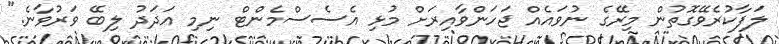
ލަފާކުރެވޭގޮތުން މިރޭގެ ނުވައެއް ޖަހަންވާއިރަށް މުޅި އެސެސްމެންޓް ނިމި އަދަދު ލިބޭ ވަރުވާނެ."